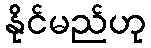
နိုင်မည်ဟု